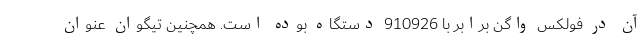
آن در فولکس واگن برابر با 910926 دستگاه بوده است. همچنین تیگوان عنوان